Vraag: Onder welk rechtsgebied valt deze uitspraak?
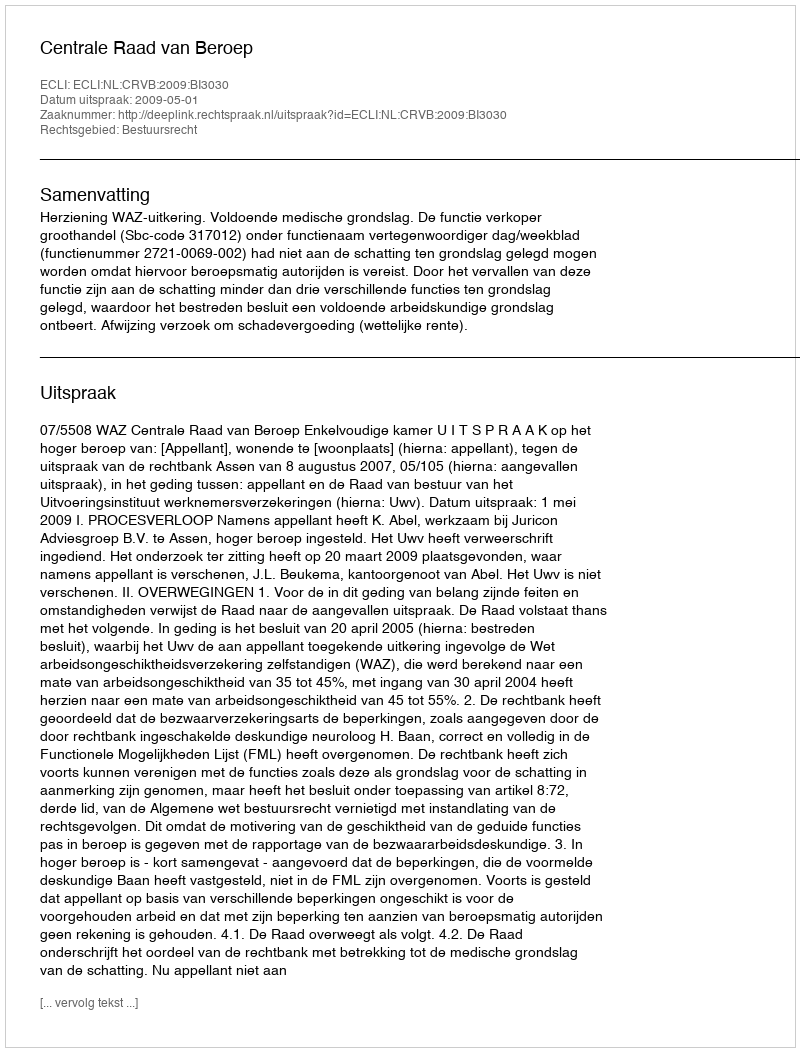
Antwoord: Bestuursrecht